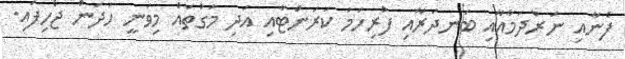
ފެނާއި ނަރުދަމާއާއި ބަނދަރާއި ފުރިހަމަ ކަރަންޓާއި އަދި މަގުތައް މިވަނީ ހަދަން ޖެހިފައި.